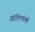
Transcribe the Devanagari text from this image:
आंदोलनांतही